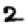
Digit: 2